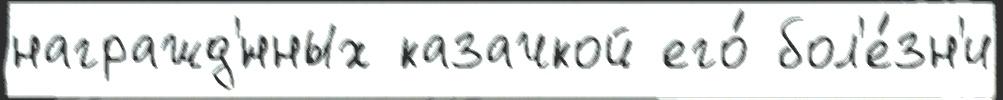
награжд'́нных казачкой его́ бол'е́зн'и